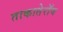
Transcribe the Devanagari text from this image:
ताकातेराॅव